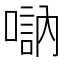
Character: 𠽆